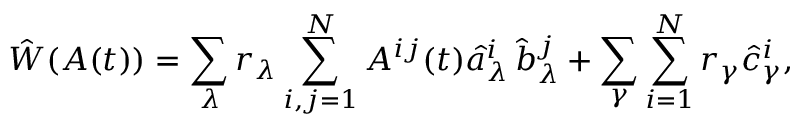
\hat { W } ( A ( t ) ) = \sum _ { \lambda } r _ { \lambda } \sum _ { i , j = 1 } ^ { N } A ^ { i j } ( t ) \hat { a } _ { \lambda } ^ { i } \, \hat { b } _ { \lambda } ^ { j } + \sum _ { \gamma } \sum _ { i = 1 } ^ { N } r _ { \gamma } \hat { c } _ { \gamma } ^ { i } ,